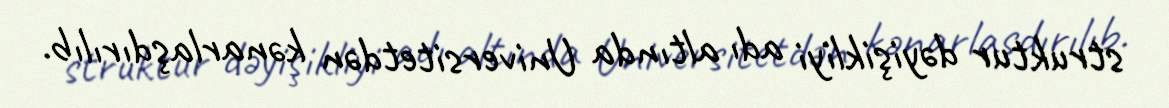
struktur dəyişikliyi adı altında Universitetdən kənarlaşdırılıb.